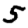
Digit: 5